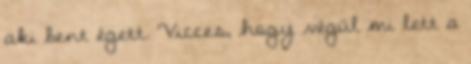
aki bent égett. Vicces, hogy végül mi lett a